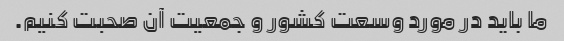
ما باید در مورد وسعت کشور و جمعیت آن صحبت کنیم.